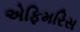
એફિમરિસ